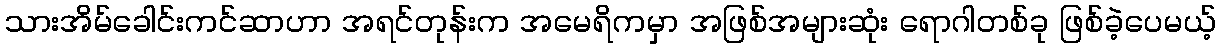
သားအိမ်ခေါင်းကင်ဆာဟာ အရင်တုန်းက အမေရိကမှာ အဖြစ်အများဆုံး ရောဂါတစ်ခု ဖြစ်ခဲ့ပေမယ့်